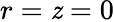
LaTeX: r=\mathit{z}=0